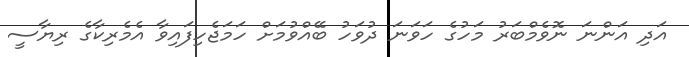
އަދި އަންނަ ނޮވެމްބަރު މަހުގެ ހަވަނަ ދުވަހު ބޭއްވުމަށް ހަމަޖެހިފައިވާ އެމެރިކާގެ ރިޔާސީ